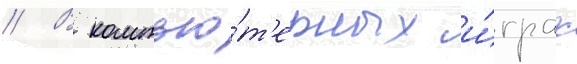
// В компью́т'ерных и́грах